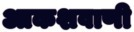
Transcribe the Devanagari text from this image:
आकशवाणी